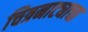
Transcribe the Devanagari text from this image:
चित्रनाट्याचा